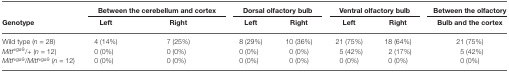
<table><thead><tr><td></td><td colspan="2"><b>Between the cerebellum and cortex</b></td><td colspan="2"><b>Dorsal olfactory bulb</b></td><td colspan="2"><b>Ventral olfactory bulb</b></td><td><b>Between the olfactory</b></td></tr><tr><td><b>Genotype</b></td><td><b>Left</b></td><td><b>Right</b></td><td><b>Left</b></td><td><b>Right</b></td><td><b>Left</b></td><td><b>Right</b></td><td><b>Bulb and the cortex</b></td></tr></thead><tbody><tr><td>Wild type (<i>n</i> = 28)</td><td>4 (14%)</td><td>7 (25%)</td><td>8 (29%)</td><td>10 (36%)</td><td>21 (75%)</td><td>18 (64%)</td><td>21 (75%)</td></tr><tr><td><i>Mitf</i><sup>vga9</sup>/+ (<i>n</i> = 12)</td><td>0 (0%)</td><td>0 (0%)</td><td>0 (0%)</td><td>0 (0%)</td><td>5 (42%)</td><td>2 (17%)</td><td>5 (42%)</td></tr><tr><td><i>Mitf</i><sup>vga9</sup>/<i>Mitf</i><sup>vga9</sup> (<i>n</i> = 12)</td><td>0 (0%)</td><td>0 (0%)</td><td>0 (0%)</td><td>0 (0%)</td><td>0 (0%)</td><td>0 (0%)</td><td>0 (0%)</td></tr></tbody></table>